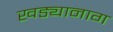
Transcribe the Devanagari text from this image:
खड्यानाग